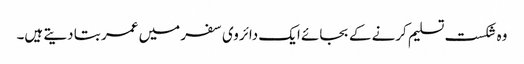
وہ شکست تسلیم کرنے کے بجائے ایک دائروی سفر میں عمر بتا دیتے ہیں۔